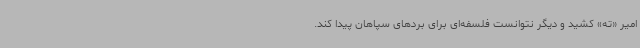
امیر «ته» کشید و دیگر نتوانست فلسفه‌ای برای بردهای سپاهان پیدا کند.